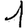
Digit: 1